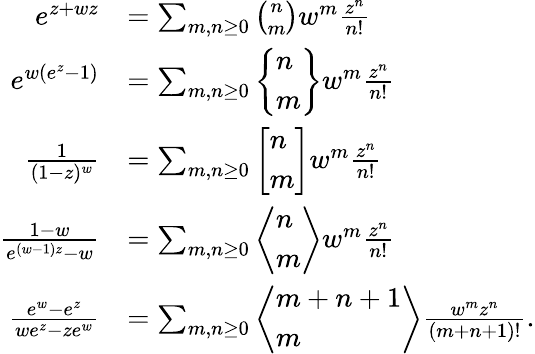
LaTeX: {\begin{array}{rl}{e^{z+wz}}&{=\sum_{m,n\geq 0}{\binom{n}{m}}w^{m}{\frac{z^{n}}{n!}}}\\ {e^{w(e^{z}-1)}}&{=\sum_{m,n\geq 0}{\left\{ \begin{array}{l}{n}\\ {m}\end{array}\right\} }w^{m}{\frac{z^{n}}{n!}}}\\ {{\frac{1}{(1-z)^{w}}}}&{=\sum_{m,n\geq 0}{\left[\begin{array}{l}{n}\\ {m}\end{array}\right]}w^{m}{\frac{z^{n}}{n!}}}\\ {{\frac{1-w}{e^{(w-1)z}-w}}}&{=\sum_{m,n\geq 0}\left\langle{\begin{array}{l}{n}\\ {m}\end{array}}\right\rangle w^{m}{\frac{z^{n}}{n!}}}\\ {{\frac{e^{w}-e^{z}}{we^{z}-ze^{w}}}}&{=\sum_{m,n\geq 0}\left\langle{\begin{array}{l}{m+n+1}\\ {m}\end{array}}\right\rangle{\frac{w^{m}z^{n}}{(m+n+1)!}}.}\end{array}}